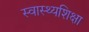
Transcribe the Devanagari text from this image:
स्वास्थ्यशिक्षा